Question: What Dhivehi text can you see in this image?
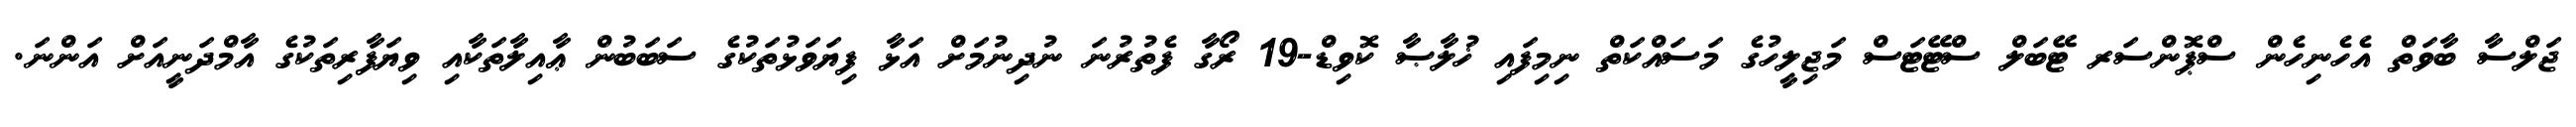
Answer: ޖަލްސާ ބާވަތް އެހެނިހެން ސްޕޮންސަރ ޓޭބަލް ސްޓޭޓަސް މަޖިލީހުގެ މަސައްކަތް ނިމިފައި ޚުލާޞާ ކޮވިޑް-19 ރޯގާ ފެތުރުނަ ނުދިނުމަށް އަޅާ ފިޔަވަޅުތަކުގެ ސަބަބުން ޢާއިލާތަކާއި ވިޔަފާރިތަކުގެ އާމްދަނީއަށް އަންނަ.